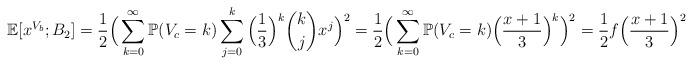
LaTeX: \begin{align*}\mathbb{E}[x^{V_b};B_2]=\frac{1}{2}\Big{(}\sum_{k=0}^{\infty}\mathbb{P}(V_c=k)\sum_{j=0}^k\Big{(}\frac{1}{3}\Big{)}^k\binom{k}{j}x^j\Big{)}^2=\frac{1}{2}\Big{(}\sum_{k=0}^{\infty}\mathbb{P}(V_c=k)\Big{(}\frac{x+1}{3}\Big{)}^k\Big{)}^2=\frac{1}{2}f\Big{(}\frac{x+1}{3}\Big{)}^2\end{align*}